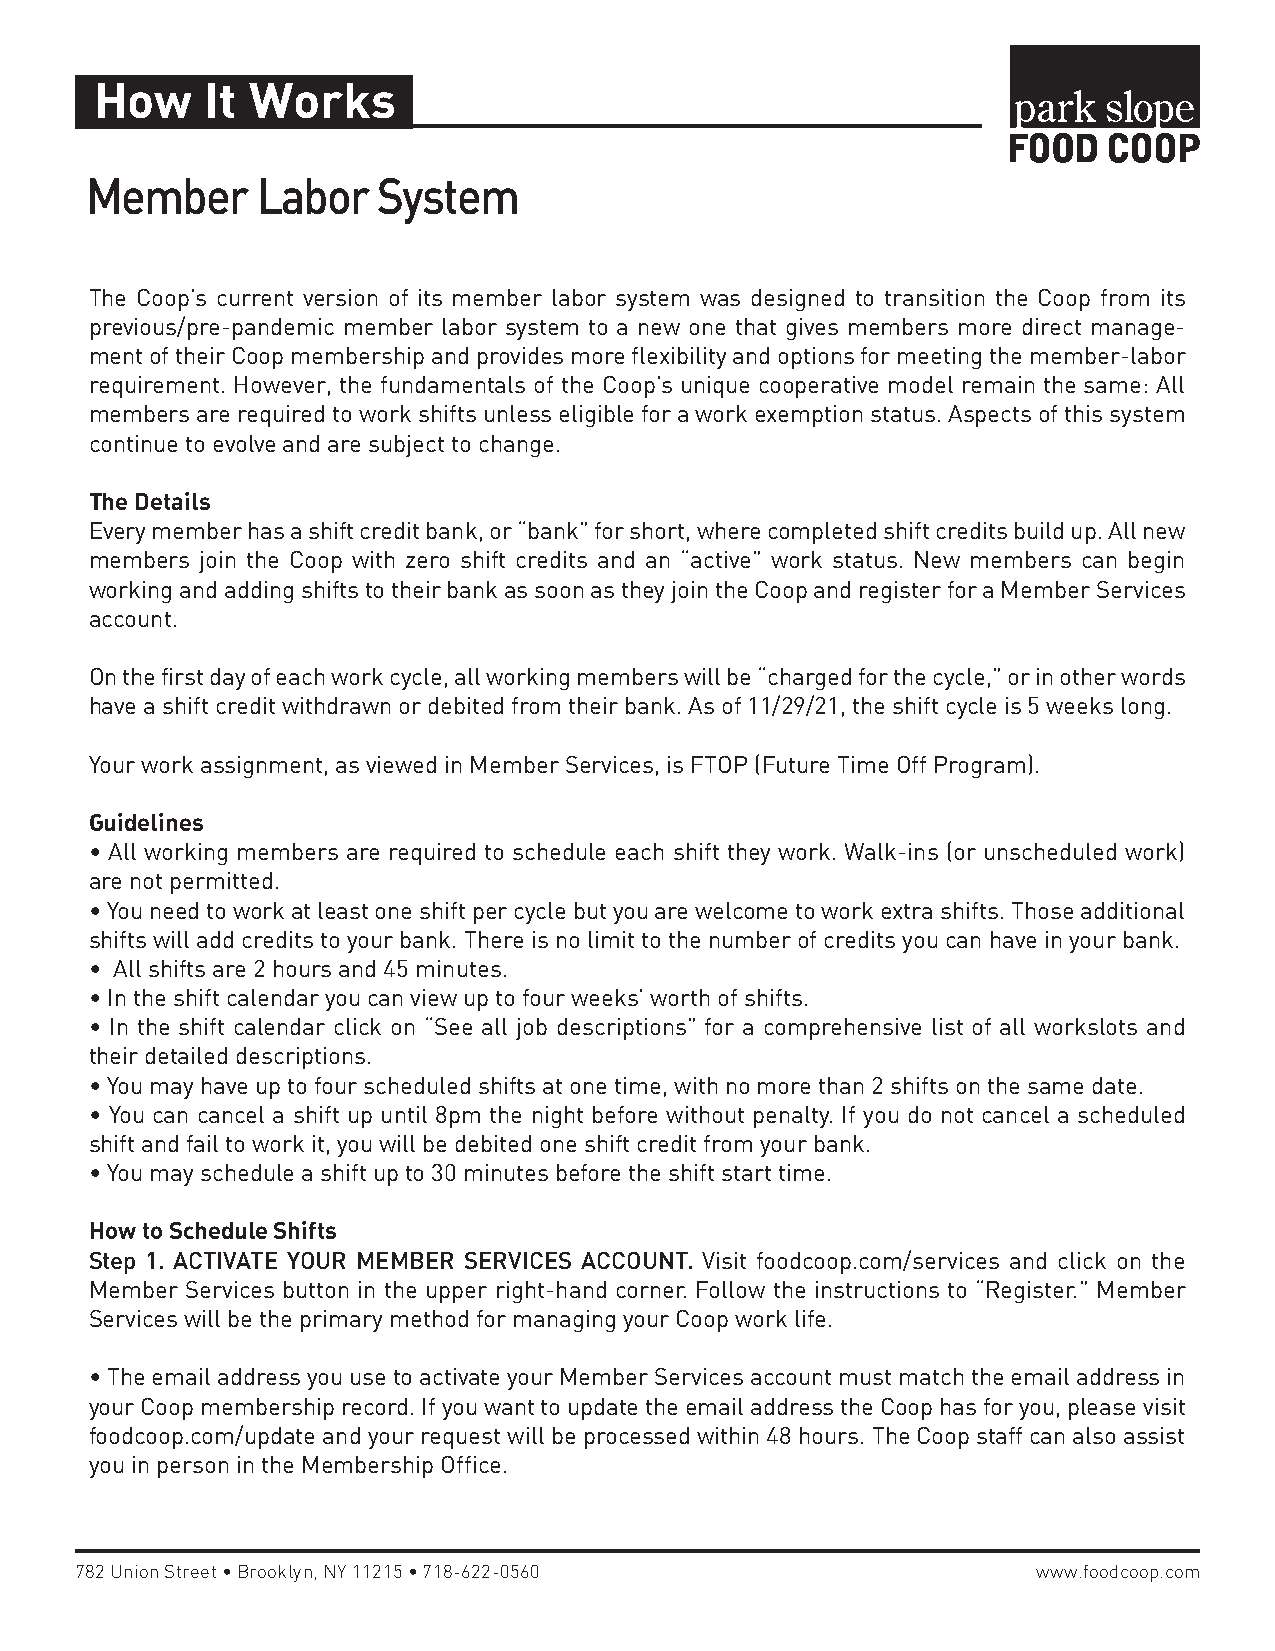
How     It Works
 Member     Labor   System
 The Coop’s current version of its member labor system was designed to transition the Coop from its
 previous/pre-pandemic member labor system to a new one that gives members more direct manage-
 ment of their Coop membership and provides more flexibility and options for meeting the member-labor
 requirement. However, the fundamentals of the Coop’s unique cooperative model remain the same: All
 members are required to work shifts unless eligible for a work exemption status. Aspects of this system
 continue to evolve and are subject to change.
 The Details
 Every member has a shift credit bank, or “bank” for short, where completed shift credits build up. All new
 members join the Coop with zero shift credits and an “active” work status. New members can begin
 working and adding shifts to their bank as soon as they join the Coop and register for a Member Services
 account.
 On the first day of each work cycle, all working members will be “charged for the cycle,” or in other words
 have a shift credit withdrawn or debited from their bank. As of 11/29/21, the shift cycle is 5 weeks long.
 Your work assignment, as viewed in Member Services, is FTOP (Future Time Off Program).
 Guidelines
 • All working members are required to schedule each shift they work. Walk-ins (or unscheduled work)
 are not permitted.
 • You need to work at least one shift per cycle but you are welcome to work extra shifts. Those additional
 shifts will add credits to your bank. There is no limit to the number of credits you can have in your bank.
 • All shifts are 2 hours and 45 minutes.
 • In the shift calendar you can view up to four weeks’ worth of shifts.
 • In the shift calendar click on “See all job descriptions” for a comprehensive list of all workslots and
 their detailed descriptions.
 • You may have up to four scheduled shifts at one time, with no more than 2 shifts on the same date.
 • You can cancel a shift up until 8pm the night before without penalty. If you do not cancel a scheduled
 shift and fail to work it, you will be debited one shift credit from your bank.
 • You may schedule a shift up to 30 minutes before the shift start time.
 How to Schedule Shifts
 Step 1. ACTIVATE YOUR MEMBER SERVICES ACCOUNT. Visit foodcoop.com/services and click on the
 Member Services button in the upper right-hand corner. Follow the instructions to “Register.” Member
 Services will be the primary method for managing your Coop work life.
 • The email address you use to activate your Member Services account must match the email address in
 your Coop membership record. If you want to update the email address the Coop has for you, please visit
 foodcoop.com/update and your request will be processed within 48 hours. The Coop staff can also assist
 you in person in the Membership Office.
 782 Union Street•Brooklyn, NY 11215•718-622-0560                www.foodcoop.com